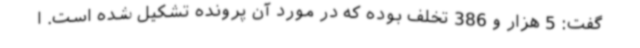
گفت: 5 هزار و 386 تخلف بوده که در مورد آن پرونده تشکیل شده است. ا